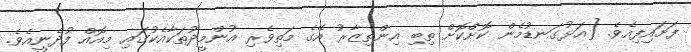
ފަށައިފިއެވެ. [އަޅުގަނޑުމެން ކޮށްކޮށް ތިބި އިންތިޒާރު އޭގެ މަތިވެރި އުންމީދުތަކާއެކުގައި މިއޮއް ފުދެނީއެވެ.